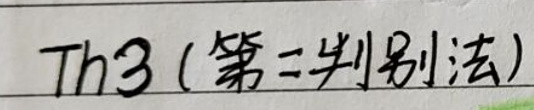
Th3（第二判别法）